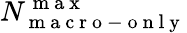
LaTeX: N_{\mathrm{~m~a~c~r~o~-~o~n~l~y~}}^{\mathrm{~m~a~x~}}